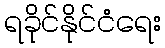
ရခိုင်နိုင်ငံရေး